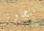
نتجاوز